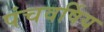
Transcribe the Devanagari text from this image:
पंचवर्षिय